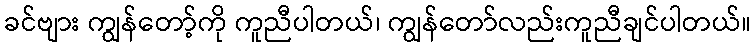
ခင်ဗျား ကျွန်တော့်ကို ကူညီပါတယ်၊ ကျွန်တော်လည်းကူညီချင်ပါတယ်။